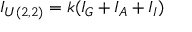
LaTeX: I _ { U ( 2 , 2 ) } = k ( I _ { G } + I _ { A } + I _ { I } )